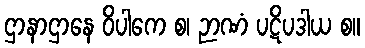
ဌာနာဌာနေ ဝိပါကေ စ၊ ဉာဏံ ပဋိပဒါယ စ။